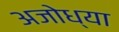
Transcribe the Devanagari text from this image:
अजोध्या